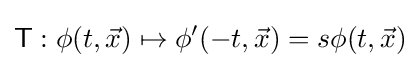
{\mathsf {T}}:\phi (t,{\vec {x}})\mapsto \phi ^{\prime }(-t,{\vec {x}})=s\phi (t,{\vec {x}})